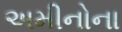
અમીનોના